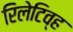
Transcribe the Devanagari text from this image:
रिलेटिव्ह